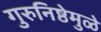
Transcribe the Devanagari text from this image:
गुरुनिष्ठेमुळे